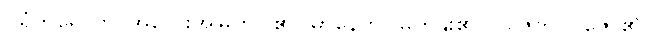
ဂရုံကရောတိ၊ အလေးအမြတ်ပြု၏။ မာနေတိ၊ မြတ်နိုး၏။ ပူဇေတိ၊ ပူဇော်၏။